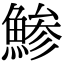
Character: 鯵